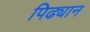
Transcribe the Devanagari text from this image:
पिढ्यान